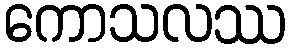
ကောသလဿ